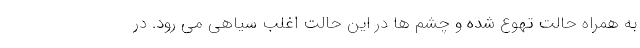
به همراه حالت تهوع شده و چشم ها در این حالت اغلب سیاهی می رود. در